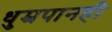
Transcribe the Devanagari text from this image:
धुम्रपानही